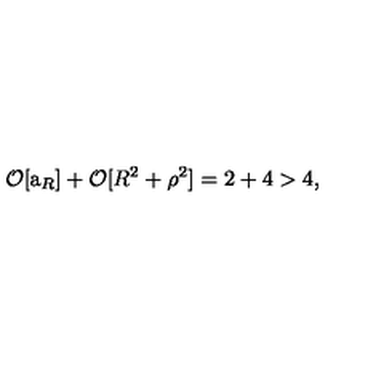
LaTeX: { \cal O } [ \mathrm { \Large a } _ { R } ] + { \cal O } [ R ^ { 2 } + \rho ^ { 2 } ] = 2 + 4 > 4 ,